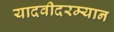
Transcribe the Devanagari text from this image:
यादवीदरम्यान